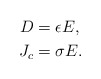
\begin{align*}D & =\epsilon E,\\J_{c} & =\sigma E.\end{align*}